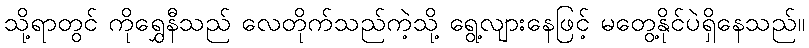
သို့ရာတွင် ကိုရွှေနီသည် လေတိုက်သည်ကဲ့သို့ ရွေ့လျားနေဖြင့် မတွေ့နိုင်ပဲရှိနေသည်။